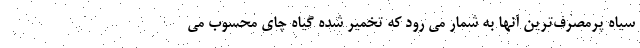
سیاه پرمصرف‌ترین آنها به شمار می رود که تخمیر شده گیاه چای محسوب می